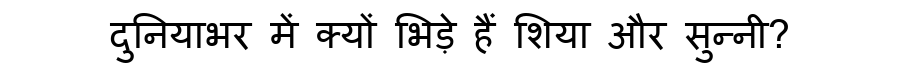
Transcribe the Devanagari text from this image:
दुनियाभर में क्यों भिड़े हैं शिया और सुन्नी?